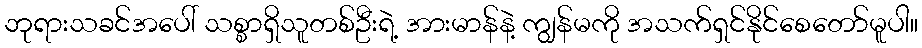
ဘုရားသခင်အပေါ် သစ္စာရှိသူတစ်ဦးရဲ့ အားမာန်နဲ့ ကျွန်မကို အသက်ရှင်နိုင်စေတော်မူပါ။